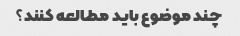
چند موضوع باید مطالعه کنند؟